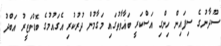
ސޫދާނުގެ ސިފައިން ހިންގި އަސްކަރީ ބަޣާވާތުގައި މަގާމުން ދުރުކުރި އެގައުމުގެ ބޮޑުވަޒީރު އަބްދު